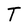
Character: T